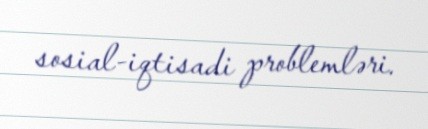
sosial-iqtisadi problemləri.